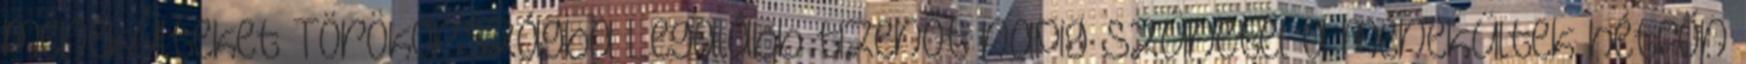
menekülteket Törökországba Legalább tizenöt napig szünetel a menekültek hétfőn